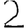
Digit: 2